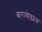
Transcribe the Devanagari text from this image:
बाराबोड्याचं